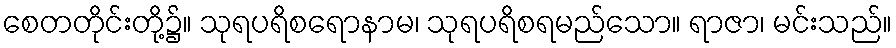
စေတတိုင်းတို့၌။ သုရပရိစရောနာမ၊ သုရပရိစရမည်သော။ ရာဇာ၊ မင်းသည်။